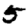
Digit: 5